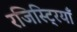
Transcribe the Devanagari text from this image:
रजिस्ट्रियाँ